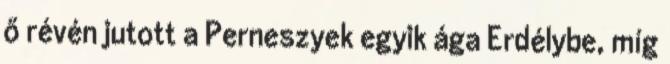
ő révén jutott a Perneszyek egyik ága Erdélybe, míg